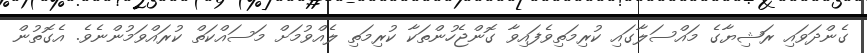
ގެންދަވައި ރަޝިޔާގެ މައްސަލާގައި ކުރިމަތިވެފައިވާ ގޮންޖެހުންތަކާ ކުރިމަތި ލެއްވުމަށް މަސައްކަތް ކުރައްވަމުންނެވެ. އެގޮތުން